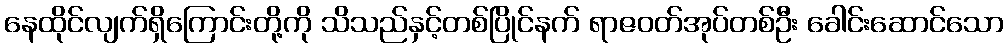
နေထိုင်လျက်ရှိကြောင်းတို့ကို သိသည်နှင့်တစ်ပြိုင်နက် ရာဇဝတ်အုပ်တစ်ဦး ခေါင်းဆောင်သော